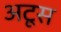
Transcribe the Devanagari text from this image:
अटूस